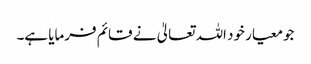
جو معیار خود اللہ تعالیٰ نے قائم فرمایا ہے۔